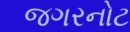
જગરનોટ